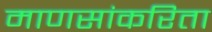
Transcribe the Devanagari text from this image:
माणसांकरिता